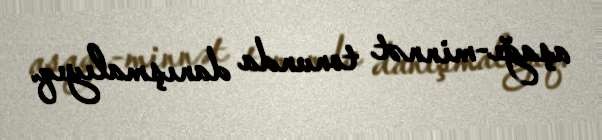
aşağı-minnət tonunda danışmalıyıq.